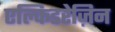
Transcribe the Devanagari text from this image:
एल्किडरेज़िन